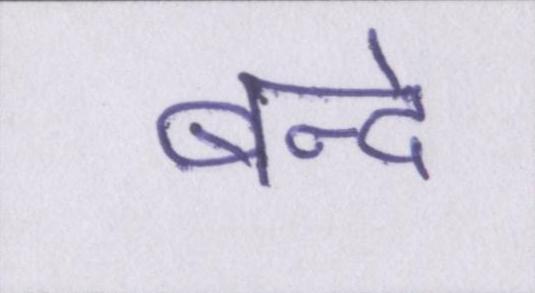
बन्दे